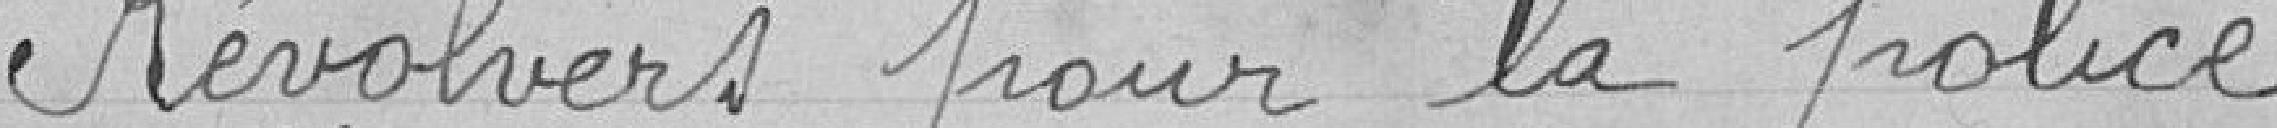
Révolvers pour la police .